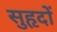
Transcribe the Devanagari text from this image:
सुहृदों